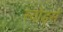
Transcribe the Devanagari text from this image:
स्वोर्ड्स